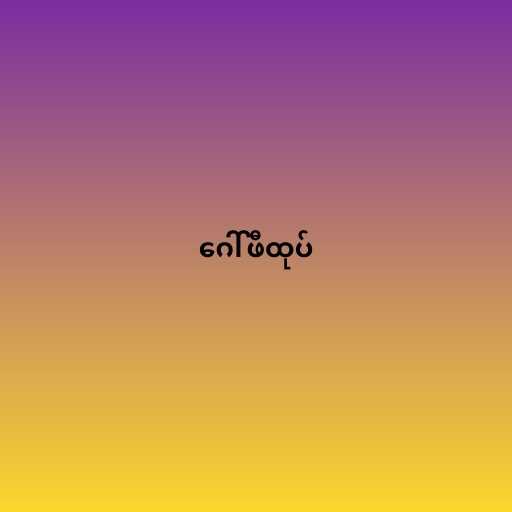
ဂေါ်ဖီထုပ်